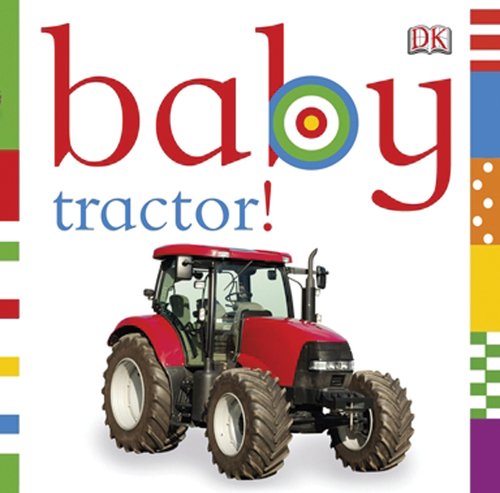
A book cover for Baby: Tractor!; DK Publishing; Children's Books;